Annual report of the Civil Veterinary Department, Bengal, for the year 1896-97 - 1896-1897
Year: 1896
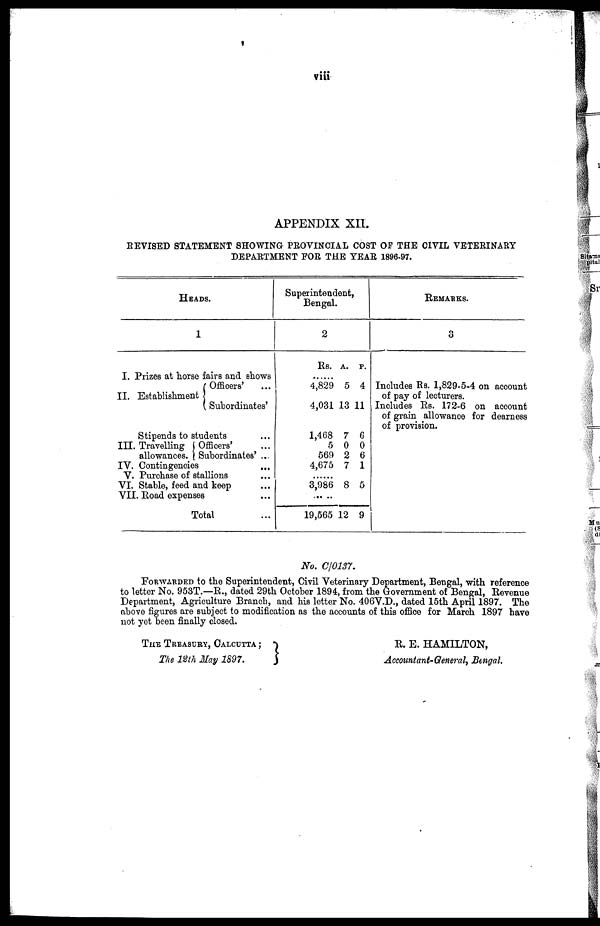
viii
APPENDIX XII.
REVISED STATEMENT SHOWING PROVINCIAL COST OF THE CIVIL VETERINARY
DEPARTMENT FOR THE YEAR 1896-97.
HEADS
.
1
I. Prizes at horse fairs and shows
II. Establishment
Officers' ...
Subordinates'
Stipends to students ...
III. Travelling
allowances.
Officers' ...
Subordinates' ...
IV. Contingencies
...
V. Purchase of stallions
VI. Stable, feed and keep ...
VII. Road expenses ...
Total ...
Superintendent,
Bengal.
2
Rs.
......
4,829
4,031
1,468
5
569
4,675
......
3,986
...
19,565
A.
5
13
7
0
2
7
8
12
P.
4
11
6
0
6
1
5
9
REMARKS.
3
Includes Rs. 1,829-5-4 on account
of pay of lecturers.
Includes Rs. 172-6 on account
of grain allowance for dearness
of provision.
No. C/0137.
FORWARDED to the Superintendent, Civil Veterinary Department, Bengal, with reference
to letter No. 953T.—R., dated 29th October 1894, from the Government of Bengal, Revenue
Department, Agriculture Branch, and his letter No. 406V.D., dated 15th April 1897. The
above figures are subject to modification as the accounts of this office for March 1897 have
not yet been finally closed.
THE TREASURY, CALCUTTA;
The 12th May 1897.
R. E. HAMILTON,
Accountant-General, Bengal.